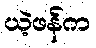
ယဲ့ဖန်က